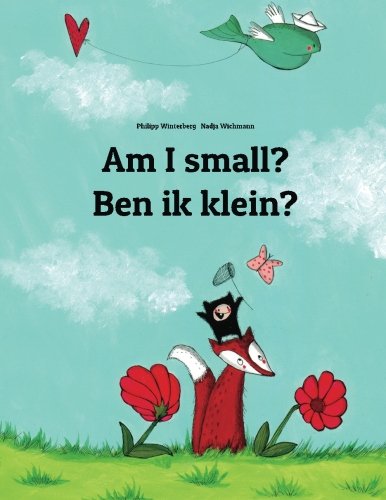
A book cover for Am I small? Ben ik klein?: Children's Picture Book English-Dutch (Bilingual Edition); Philipp Winterberg; Children's Books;